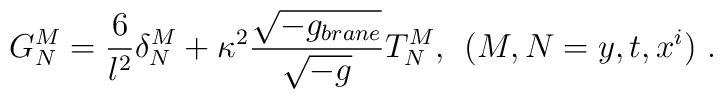
G^M_N= \frac{6}{l^2} \delta^M_N + \kappa^2 \frac{\sqrt{-g_{brane}}}{\sqrt{-g}} T^M_N  , \:\: (M,N =y,t,x^i) \ .